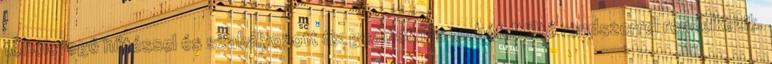
töltőlevegő hűtéssel és szabályozott fix geometriás turbófeltöltő rendszerrel rendelkezik.